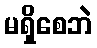
မရှိစေဘဲ